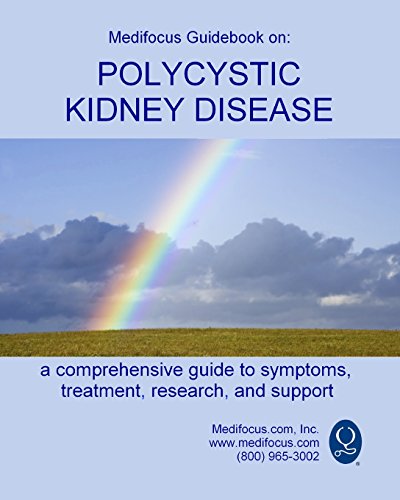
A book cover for Medifocus Guidebook on: Polycystic Kidney Disease; Inc. Medifocus.com; Health, Fitness & Dieting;